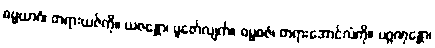
ဓမ္မယာဂံ၊ တရားယဇ်ကို။ ယဇန္တော၊ ပူဇော်လျက်။ ဓမ္မဓဇံ၊ တရားအောင်လံကို။ ပဂ္ဂဏှန္တော၊